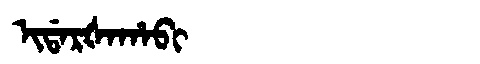
Manchu: ᡳᡩᠠᡵᡧᠠᡥᠠᠪᡳ
Romanization: IDARŠAHABI